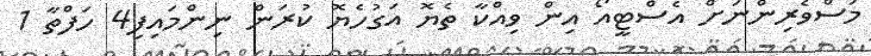
މަސްވެރިންނަށް އެސްޓީއޯ އިން ވިއްކާ ތެޔޮ އަގުހެޔޮ ކުރަން ނިންމައިފި4 ހަފްތާ 1